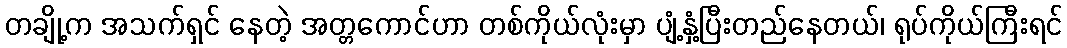
တချို့က အသက်ရှင် နေတဲ့ အတ္တကောင်ဟာ တစ်ကိုယ်လုံးမှာ ပျံ့နှံ့ပြီးတည်နေတယ်၊ ရုပ်ကိုယ်ကြီးရင်